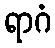
ရာဂံ